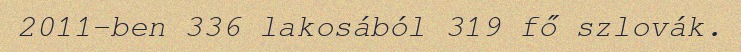
2011-ben 336 lakosából 319 fő szlovák.